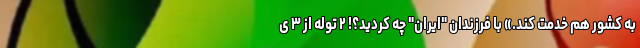
به کشور هم خدمت کند.» با فرزندان "ایران" چه کردید؟! ۲ توله از ۳ ی